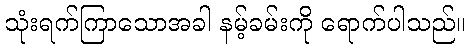
သုံးရက်ကြာသောအခါ နမ့်ခမ်းကို ရောက်ပါသည်။